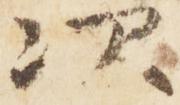
次